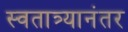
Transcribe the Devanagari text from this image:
स्वतात्र्यानंतर